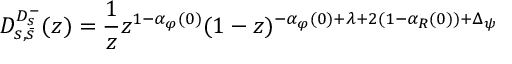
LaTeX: { \cal D } _ { s , \bar { s } } ^ { D _ { s } ^ { - } } ( z ) = \frac { 1 } { z } z ^ { 1 - \alpha _ { \varphi } ( 0 ) } ( 1 - z ) ^ { - \alpha _ { \varphi } ( 0 ) + \lambda + 2 ( 1 - \alpha _ { R } ( 0 ) ) + \Delta _ { \psi } }